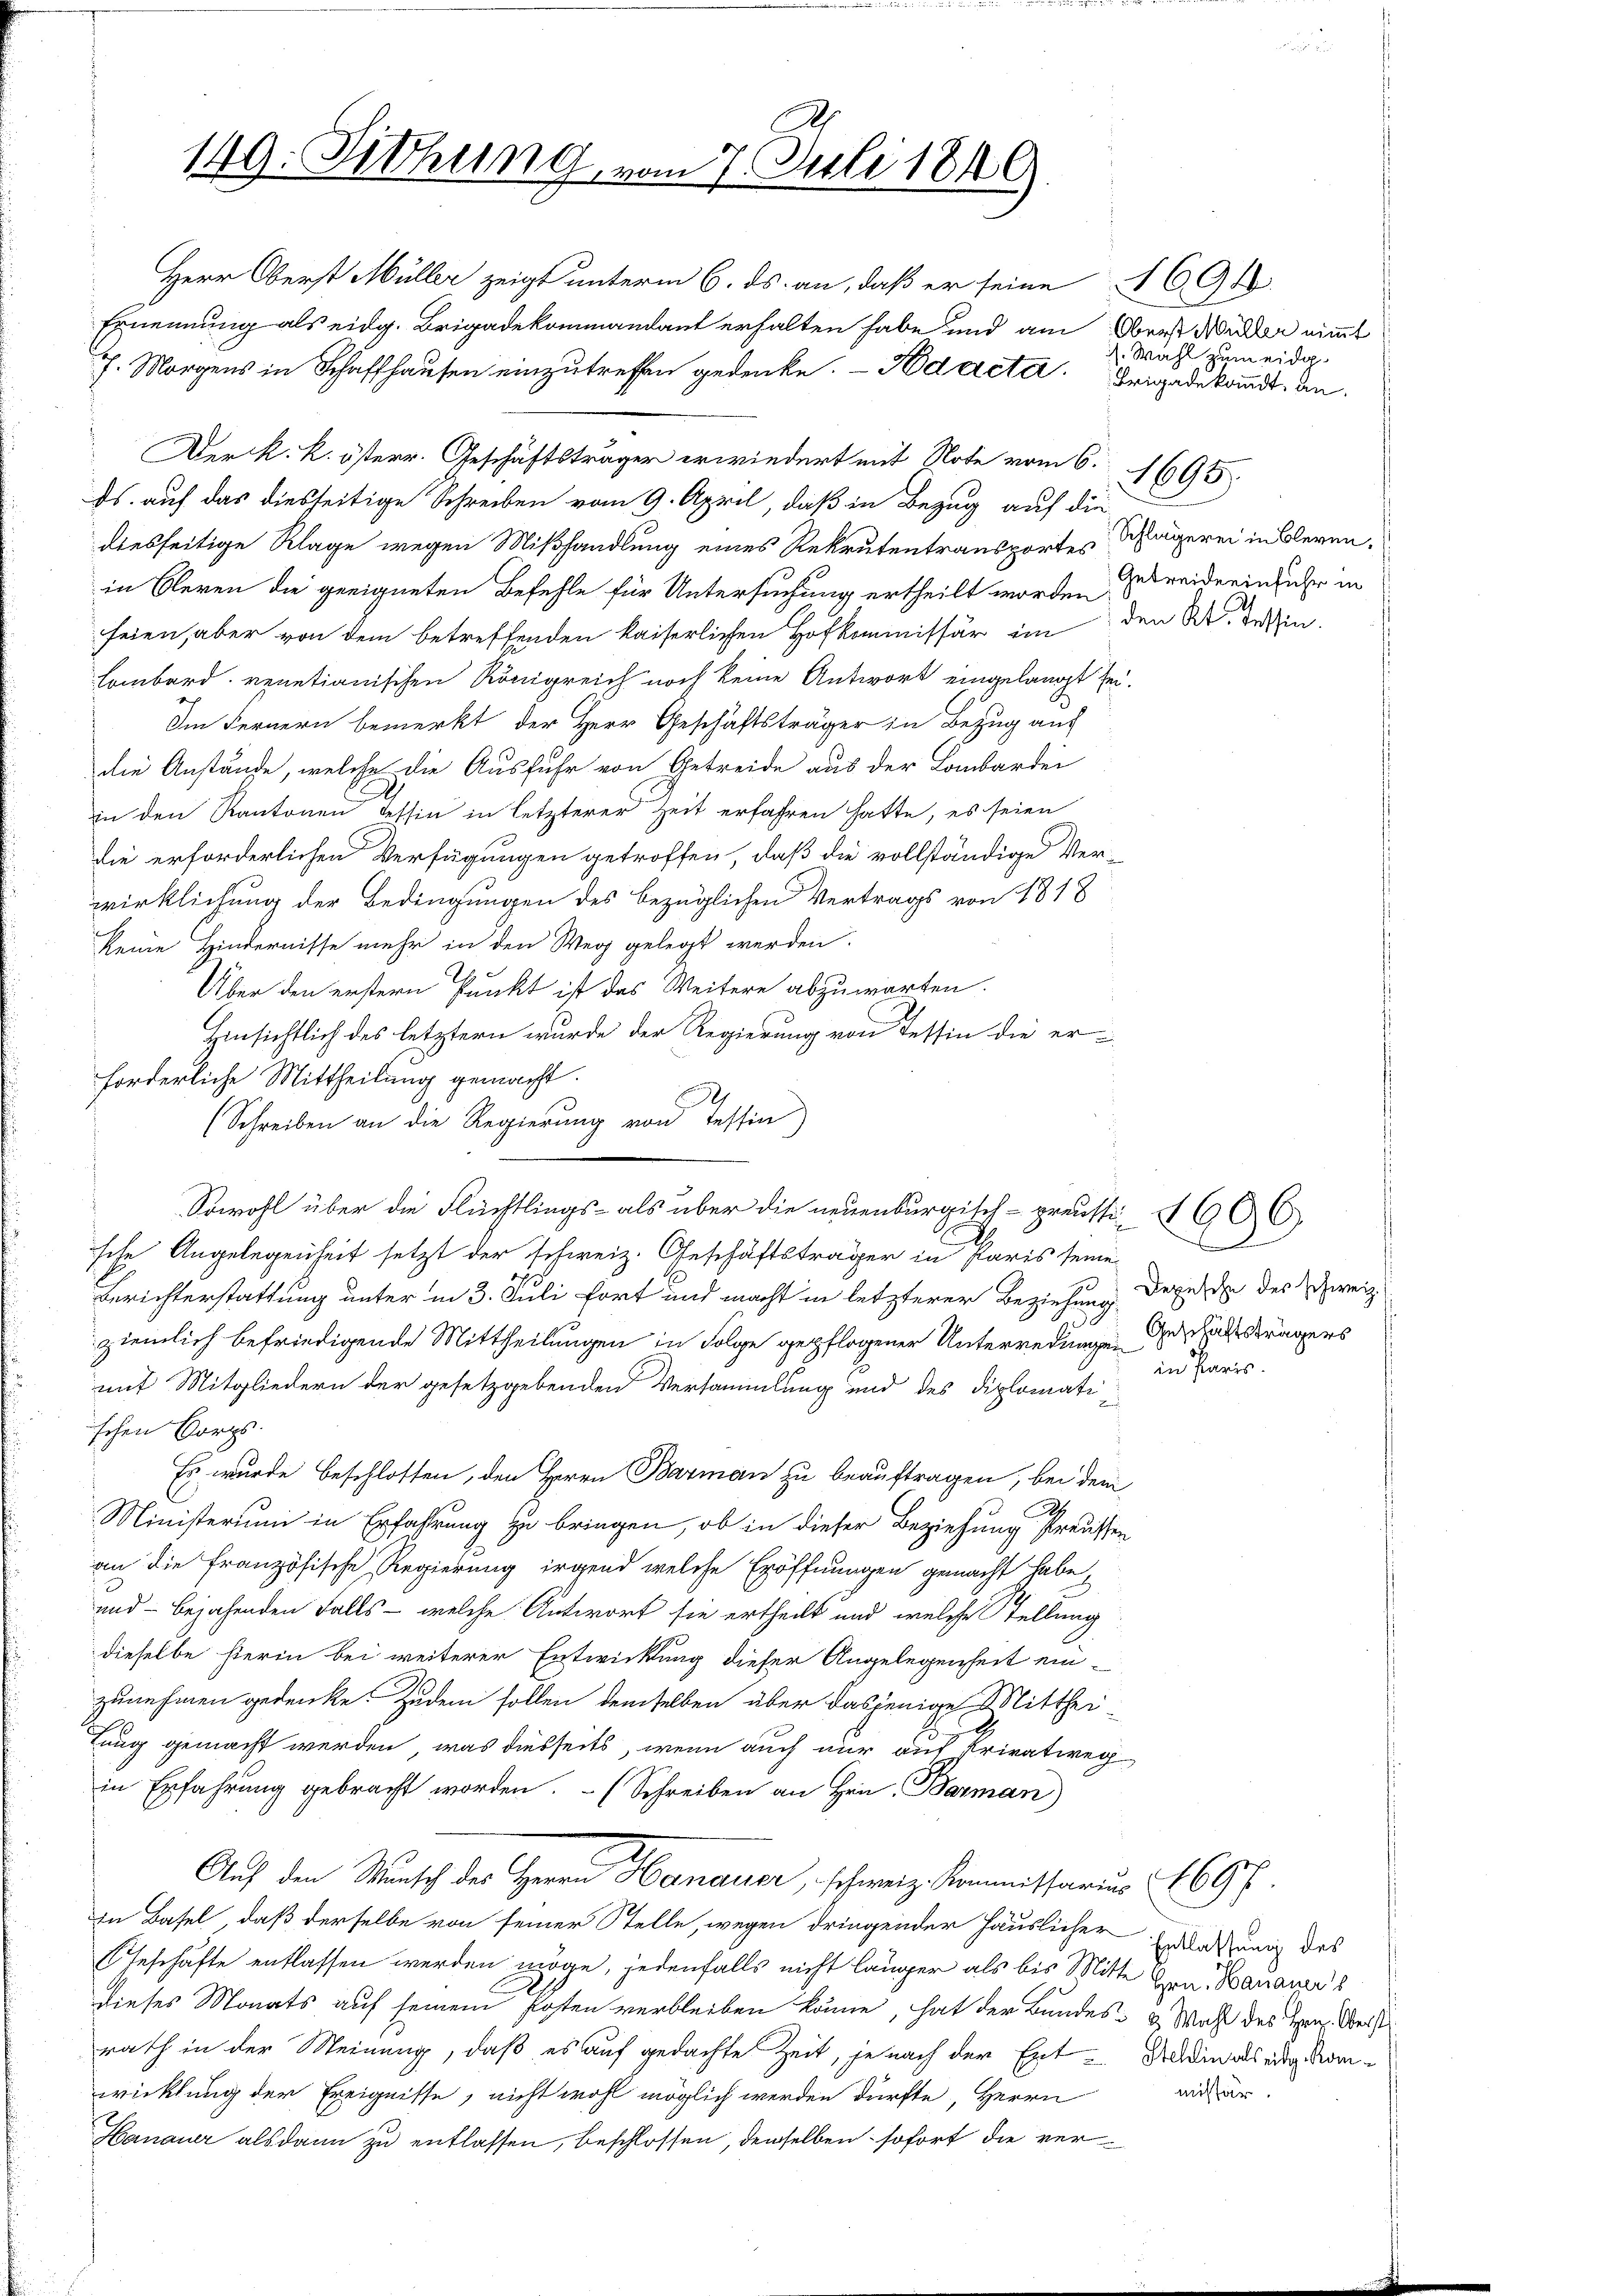
149: Fittung, vom 7. Juli 1849

Herr Oberst Müller zeigt unterm 6. ds. an, daß er seine 1694
Ernennung als eidg. Brigadekommandant erhalten habe und am Oberst Wider nimmt
7. Morgens in Schaffhausen einzutreffen gedenke. - Nedereter. Brigadekannt. an¬
Der k. k. österr. Geschäftsträger erwiedert mit Note vom 6.
ds. auf das diesseitige Schreiben vom 9. April, daß in Bezug auf die
diesseitige Klage wegen Mißhandlung eines Rekrutentransportes Schlägerei in Bleren,
in Oleren die geeigneten Befehle für Untersuchung ertheilt worden streiderin fuhr in
feien, aber von dem betreffenden kaiserlichen Hofkommissär im den W. Tessin
Lombard, venetianischen Königreich noch keine Antwort eingelangt sei.
Im Fernern bemerkt der Herr Geschäftsträger in Bezug auf
die Anstände, welche die Ausfuhr von Getreide aus der Lombardei
in den Kantonen dessin in letzterer Zeit erfahren hatte, es seien
die erforderlichen Verfügungen getroffen, daß die vollständige Ver-
wirklichung der Bedingungen des bezüglichen Vertrags von 1818
keine Hindernisse mehr in den Weg gelegt werden.
Über den erstern Punkt ist das Weitere abzuwarten.
Hinsichtlich des letztern wurde der Regierung von Tessin die er-
forderliche Mittheilung gemacht.
.
(Schreiben an die Regierung von Tessin
Sowohl über die Flüchtlings- als über die neuenburgisch-preussi 160 C
sche Angelegenheit setzt der schweiz. Geschäftsträger in Paris seine
Berichterstattung unter in 3. Juli fort und macht in letzterer Beziehung
ziemlich befriedigende Mittheilungen in Folge gepflogener Unterredungen erhältsträgers
mit Mitgliedern der gesetzgebenden Versammlung und des Diplomatischen Corps.
Es wurde beschlossen, den Herrn Barman zu beauftragen, bei dem
Ministerium in Erfahrung zu bringen, ob in dieser Beziehung Preussen
an die französische Regierung irgend welche Eröffnungen gemacht habe,
u
und bejahenden Falls - welche Antwort sie ertheilt und welche Stellung
dieselbe hierin bei weiterer Entwicklung dieser Angelegenheit ein-
zunehmen gedenke. Zudem sollen demselben über dasjenige Mitthei
ung gemacht werden, was diesseits, wenn auch nur auf Privatweg
in Erfahrung gebracht worden. (Schreiben an Hrn. Barman)
Auf den Wunsch des Herrn Hanauer, schweiz. Kommissarius 169 f.
In Basel, daß derselbe von seiner Stelle, wegen dringender Häuslicher Erblassung des
Geschäfte entlassen werden möge, jedenfalls nicht länger als bis Mitte Ein Bauans
dieses Monats auf seinem Posten verbleiben könne, hat der Bundes- & Wahl des Hrn. Archi
rath in der Meinung, daß es auf gedachte Zeit, je nach der Ent-Soldinats eidganwicklung der Ereignisse, nicht wohl möglich werden dürfte, Herrn
Hanauer alsdann zu entlassen, beschlossen, demselben sofort die ver¬

d

. Wahl zum eidg.

1895.

.
Depesche des schweiz.
in Paris.

missär.